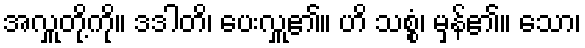
အလှူတို့ကို။ ဒဒါတိ၊ ပေးလှူ၏။ ဟိ သစ္စံ၊ မှန်၏။ သော၊